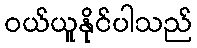
ဝယ်ယူနိုင်ပါသည်